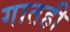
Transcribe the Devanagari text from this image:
गातही